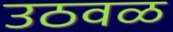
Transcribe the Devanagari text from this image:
उठवळ